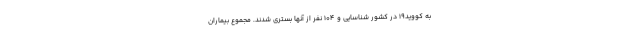
به کووید۱۹ در کشور شناسایی و ۱۰۴ نفر از آنها بستری شدند. مجموع بیماران